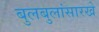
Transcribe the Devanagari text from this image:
बुलबुलांसारखे